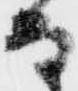
な